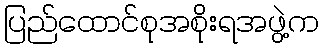
ပြည်ထောင်စုအစိုးရအဖွဲ့က